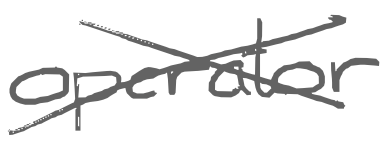
Text: operator
Cross-out: cross
Writing tool: digital_gray